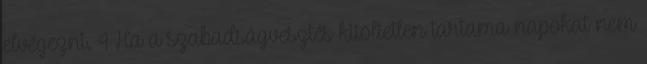
elvégezni. 4 Ha a szabadságvesztés kitöltetlen tartama napokat nem